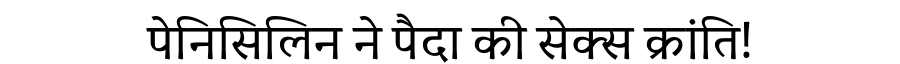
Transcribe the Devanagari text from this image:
पेनिसिलिन ने पैदा की सेक्स क्रांति!